Annual administration report of the Civil Veterinary Department of India - 1895-1896
Year: 1895
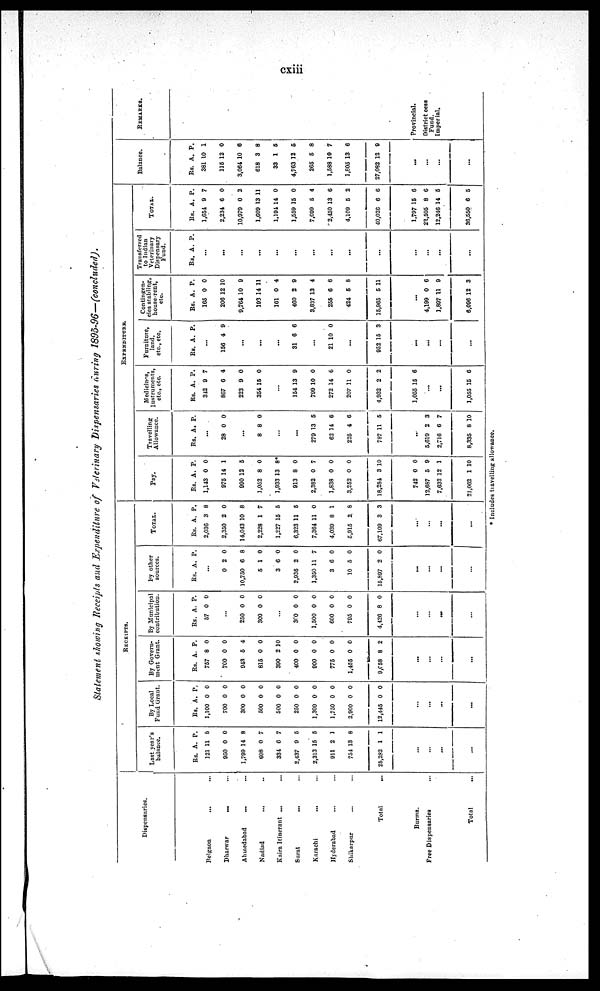
cxiii
Statement showing Receipts and Expenditure of Veterinary Dispensaries during 1895-96—(concluded).
Dispensaries.
Belgaon ... ...
Dharwar ... ...
Ahmedabad ... ...
Nadlad ... ...
Kaira Itinerant ... ...
Surat ... ...
Karachi
Hyderabad ... ...
Shikarpur ... ...
Total ...
Burma.
Free Dispensaries ...
Total ...
RECEIPTS.
Last year's
balance.
Rs.
121
950
1,799
608
331
2,437
2,313
911
754
25,282
A.
11
0
14
0
6
9
15
2
13
1
P.
8
0
8
7
7
5
5
1
8
1
...
...
...
...
By Local
Fund Grant.
Rs.
1,100
700
300
500
500
250
1,300
1,750
2,900
12,445
A.
0
0
0
0
0
0
0
0
0
0
P.
0
0
0
0
0
0
0
0
0
0
...
...
...
...
By Govern-
ment Grant.
Rs.
757
700
043
815
390
400
000
775
1,455
9, 058
A.
8
0
5
0
2
0
0
0
0
8
P.
0
0
4
0
10
0
0
0
0
2
...
...
...
...
By Municipal
contribution.
Rs.
57
A.
0
P.
0
...
250
300
...
3f0
1,500
600
795
4,420
0
0
0
0
0
0
8
0
0
0
0
0
0
0
...
...
...
...
By other
sources.
Rs. A. P.
...
0
10,750
5
3
2,936
1,350
3
10
15,897
2
6
1
6
2
11
6
5
2
0
8
0
0
0
7
0
0
0
...
...
...
...
TOTAL.
Rs.
2,036
2,350
14,043
2,228
1,227
6,323
7,361
4,039
5,915
67,109
A.
3
2
10
1
15
11
11
8
2
3
P.
8
0
8
7
5
5
0
1
8
3
...
...
...
...
EXPERNDITURE.
Pay.
Rs.
1,143
975
990
1,052
1,933
913
2,382
1,838
3,252
18,284
742
12,687
7,032
21,062
A.
0
14
12
8
13
8
0
0
0
3
0
5
12
1
P.
0
1
5
0
8*
0
7
0
0
10
0
9
1
10
Travelling
Allowance.
Rs. A. P.
...
28 0 0
...
8 8 0
...
...
279
62
225
787
13
14
4
11
5
6
6
5
...
5,619
2,716
8,335
2
6
8
3
7
10
Medicines,
Instruments,
etc., etc.
Rs.
312
867
223
354
A.
9
6
9
15
P.
7
4
0
0
...
154
799
272
207
4,932
1,055
13
10
14
11
2
15
9
0
6
0
2
6
...
...
1,055 15 6
Furniture,
land,
etc., etc.
RS. A. P.
...
156 4 9
...
...
...
31 6 6
...
21 10 0
...
952 15 3
...
...
...
...
Contingen-
cies stabling,
house.rent,
etc.
Rs.
165
206
9,764
193
161
460
3,637
255
424
15,965
...
4,199
1,897
6,096
A.
0
12
10
14
0
2
13
6
5
5
0
11
12
P.
0
10
9
11
4
9
4
6
8
11
6
9
3
Transferred
to Indian
Veterinary
Dispensary
Fund.
Rs. A. P.
...
...
...
...
...
...
...
...
...
...
...
...
...
...
TOTAL.
Rs.
1,654
2,234
10,979
1,609
1,194
1,559
7,699
2,450
4,109
40,020
1,797
22,505
12,246
36,550
A.
9
6
0
13
14
15
5
13
5
6
15
8
14
6
P.
7
0
2
11
0
0
4
6
2
6
6
6
5
5
Balance.
Rs.
381
115
3,064
618
33
4,763
265
1,588
1,805
27,082
A.
10
12
10
3
1
12
5
10
13
12
P.
1
0
6
8
5
6
8
7
6
9
...
...
...
...
REMARKS.
Provincial.
District cess
Fund.
Imperial.
* Includes travelling allowance.